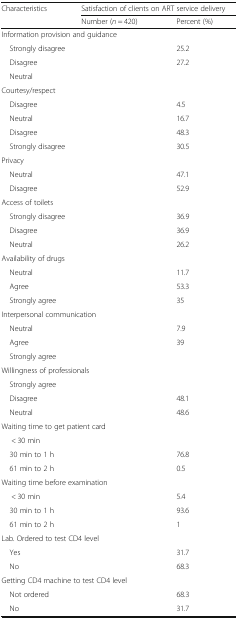
<table><thead><tr><td rowspan="2"><b>Characteristics</b></td><td colspan="2"><b>Satisfaction of clients on ART service delivery</b></td></tr><tr><td><b>Number (<i>n</i> = 420)</b></td><td><b>Percent (%)</b></td></tr></thead><tbody><tr><td colspan="3">Information provision and guidance</td></tr><tr><td> Strongly disagree</td><td>[EMPTY_CELL]</td><td>25.2</td></tr><tr><td> Disagree</td><td>[EMPTY_CELL]</td><td>27.2</td></tr><tr><td> Neutral</td><td>[EMPTY_CELL]</td><td>[EMPTY_CELL]</td></tr><tr><td colspan="3">Courtesy/respect</td></tr><tr><td> Disagree</td><td>[EMPTY_CELL]</td><td>4.5</td></tr><tr><td> Neutral</td><td>[EMPTY_CELL]</td><td>16.7</td></tr><tr><td> Disagree</td><td>[EMPTY_CELL]</td><td>48.3</td></tr><tr><td> Strongly disagree</td><td>[EMPTY_CELL]</td><td>30.5</td></tr><tr><td colspan="3">Privacy</td></tr><tr><td> Neutral</td><td>[EMPTY_CELL]</td><td>47.1</td></tr><tr><td> Disagree</td><td>[EMPTY_CELL]</td><td>52.9</td></tr><tr><td colspan="3">Access of toilets</td></tr><tr><td> Strongly disagree</td><td>[EMPTY_CELL]</td><td>36.9</td></tr><tr><td> Disagree</td><td>[EMPTY_CELL]</td><td>36.9</td></tr><tr><td> Neutral</td><td>[EMPTY_CELL]</td><td>26.2</td></tr><tr><td colspan="3">Availability of drugs</td></tr><tr><td> Neutral</td><td>[EMPTY_CELL]</td><td>11.7</td></tr><tr><td> Agree</td><td>[EMPTY_CELL]</td><td>53.3</td></tr><tr><td> Strongly agree</td><td>[EMPTY_CELL]</td><td>35</td></tr><tr><td colspan="3">Interpersonal communication</td></tr><tr><td> Neutral</td><td>[EMPTY_CELL]</td><td>7.9</td></tr><tr><td> Agree</td><td>[EMPTY_CELL]</td><td>39</td></tr><tr><td> Strongly agree</td><td>[EMPTY_CELL]</td><td>[EMPTY_CELL]</td></tr><tr><td colspan="3">Willingness of professionals</td></tr><tr><td> Strongly agree</td><td>[EMPTY_CELL]</td><td>[EMPTY_CELL]</td></tr><tr><td> Disagree</td><td>[EMPTY_CELL]</td><td>48.1</td></tr><tr><td> Neutral</td><td>[EMPTY_CELL]</td><td>48.6</td></tr><tr><td colspan="3">Waiting time to get patient card</td></tr><tr><td>&lt; 30 min</td><td>[EMPTY_CELL]</td><td>[EMPTY_CELL]</td></tr><tr><td> 30 min to 1 h</td><td>[EMPTY_CELL]</td><td>76.8</td></tr><tr><td> 61 min to 2 h</td><td>[EMPTY_CELL]</td><td>0.5</td></tr><tr><td colspan="3">Waiting time before examination</td></tr><tr><td>&lt; 30 min</td><td>[EMPTY_CELL]</td><td>5.4</td></tr><tr><td> 30 min to 1 h</td><td>[EMPTY_CELL]</td><td>93.6</td></tr><tr><td> 61 min to 2 h</td><td>[EMPTY_CELL]</td><td>1</td></tr><tr><td colspan="3">Lab. Ordered to test CD4 level</td></tr><tr><td> Yes</td><td>[EMPTY_CELL]</td><td>31.7</td></tr><tr><td> No</td><td>[EMPTY_CELL]</td><td>68.3</td></tr><tr><td colspan="3">Getting CD4 machine to test CD4 level</td></tr><tr><td> Not ordered</td><td>[EMPTY_CELL]</td><td>68.3</td></tr><tr><td> No</td><td>[EMPTY_CELL]</td><td>31.7</td></tr></tbody></table>